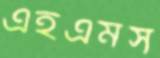
এইএমস